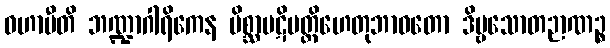
ဝဟာမီတိ ဘဏ္ဍာဂါရိကေန မိစ္ဆာပဋိပတ္တိဟေတုဘာဝတော ဒိဗ္ဗသောတဉာဏဉ္စ